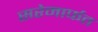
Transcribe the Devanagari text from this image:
सरेमार्फत